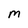
Character: M